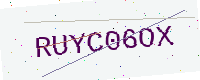
Text: RUYC06OX